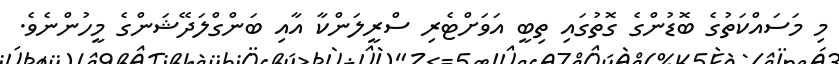
މި މަސައްކަތުގެ ބޮޑުންގެ ގޮތުގައި ތިބީ އަވަށްޓެރި ސްރީލަންކާ އާއި ބަންގްލަދޭޝަންގެ މީހުންނެވެ.